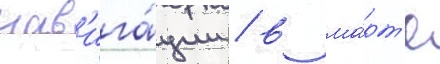
нав'ига́ции / в ма́рт'е